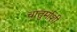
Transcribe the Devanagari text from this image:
चातुर्माशी